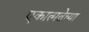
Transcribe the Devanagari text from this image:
एकात्मतेच्या